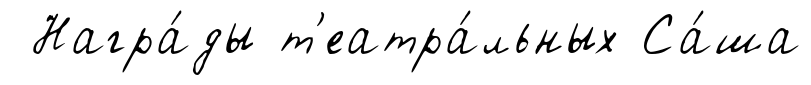
Награ́ды т'еатра́льных Са́ша